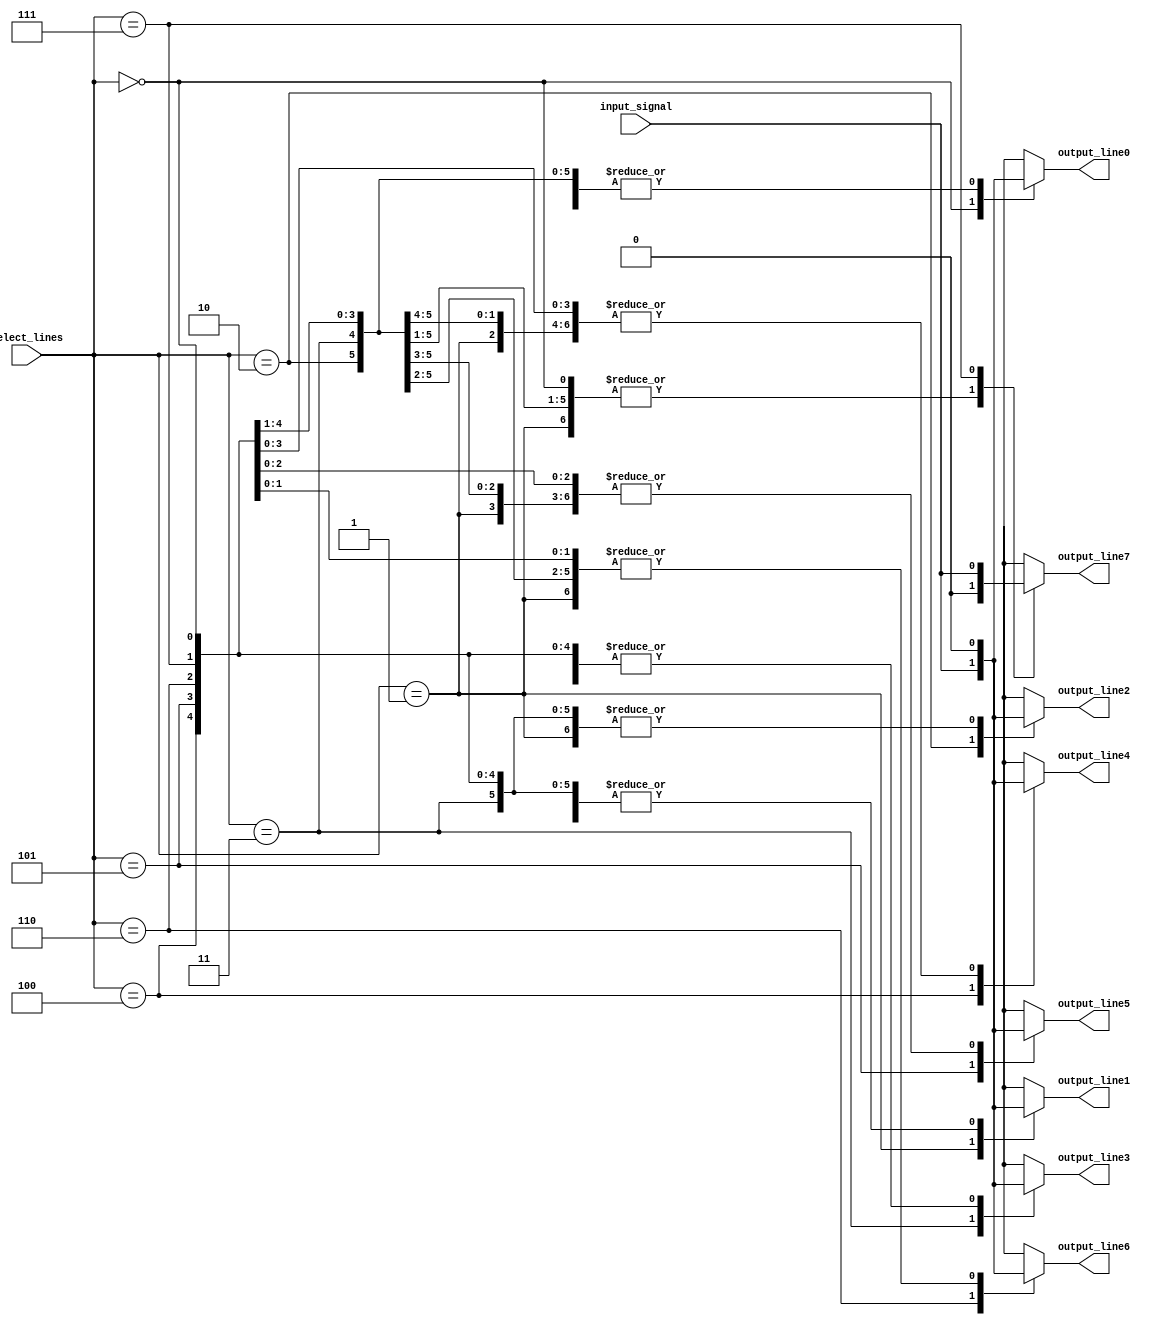
module demux_1to8(
    input wire input_signal,
    input wire [2:0] select_lines,
    output reg output_line0,
    output reg output_line1,
    output reg output_line2,
    output reg output_line3,
    output reg output_line4,
    output reg output_line5,
    output reg output_line6,
    output reg output_line7
);

always @(*)
begin
    case(select_lines)
        3'b000: begin
            output_line0 = input_signal;
            output_line1 = 0;
            output_line2 = 0;
            output_line3 = 0;
            output_line4 = 0;
            output_line5 = 0;
            output_line6 = 0;
            output_line7 = 0;
        end
        3'b001: begin
            output_line0 = 0;
            output_line1 = input_signal;
            output_line2 = 0;
            output_line3 = 0;
            output_line4 = 0;
            output_line5 = 0;
            output_line6 = 0;
            output_line7 = 0;
        end
        3'b010: begin
            output_line0 = 0;
            output_line1 = 0;
            output_line2 = input_signal;
            output_line3 = 0;
            output_line4 = 0;
            output_line5 = 0;
            output_line6 = 0;
            output_line7 = 0;
        end
        3'b011: begin
            output_line0 = 0;
            output_line1 = 0;
            output_line2 = 0;
            output_line3 = input_signal;
            output_line4 = 0;
            output_line5 = 0;
            output_line6 = 0;
            output_line7 = 0;
        end
        3'b100: begin
            output_line0 = 0;
            output_line1 = 0;
            output_line2 = 0;
            output_line3 = 0;
            output_line4 = input_signal;
            output_line5 = 0;
            output_line6 = 0;
            output_line7 = 0;
        end
        3'b101: begin
            output_line0 = 0;
            output_line1 = 0;
            output_line2 = 0;
            output_line3 = 0;
            output_line4 = 0;
            output_line5 = input_signal;
            output_line6 = 0;
            output_line7 = 0;
        end
        3'b110: begin
            output_line0 = 0;
            output_line1 = 0;
            output_line2 = 0;
            output_line3 = 0;
            output_line4 = 0;
            output_line5 = 0;
            output_line6 = input_signal;
            output_line7 = 0;
        end
        3'b111: begin
            output_line0 = 0;
            output_line1 = 0;
            output_line2 = 0;
            output_line3 = 0;
            output_line4 = 0;
            output_line5 = 0;
            output_line6 = 0;
            output_line7 = input_signal;
        end
    endcase
end

endmodule